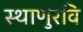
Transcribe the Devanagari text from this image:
स्थाणुरवि